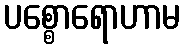
ပစ္စောရောဟာမ